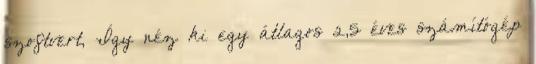
szoftvert, Így néz ki egy átlagos 2,5 éves számítógép